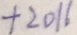
+ 2 0 1 6